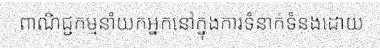
ពាណិជ្ជកម្មនាំយកអ្នកនៅក្នុងការទំនាក់ទំនងដោយ